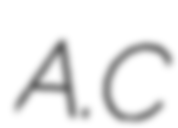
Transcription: A.C